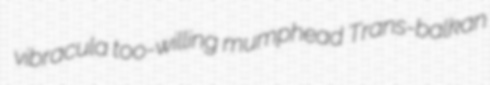
vibracula too-willing mumphead Trans-balkan